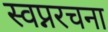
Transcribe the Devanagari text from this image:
स्वप्नरचना